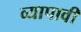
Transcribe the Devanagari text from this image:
व्यापावी